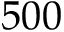
5 0 0